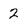
Character: 2